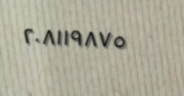
٢٠٨١١٩٨٧٥